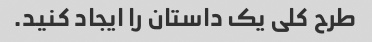
طرح کلی یک داستان را ایجاد کنید.